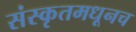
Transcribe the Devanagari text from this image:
संस्कृतमधूनच